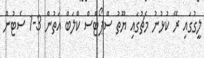
ލީގުގައި ރޭ ކުޅުނު މެޗުގައި ޔޫތު ސްޕޯޓްސް ކްލަބް އަތުން 3-1 ސެޓުން